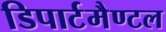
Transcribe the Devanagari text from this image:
डिपार्टमैण्टल